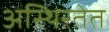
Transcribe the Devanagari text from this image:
अस्थिरतेत